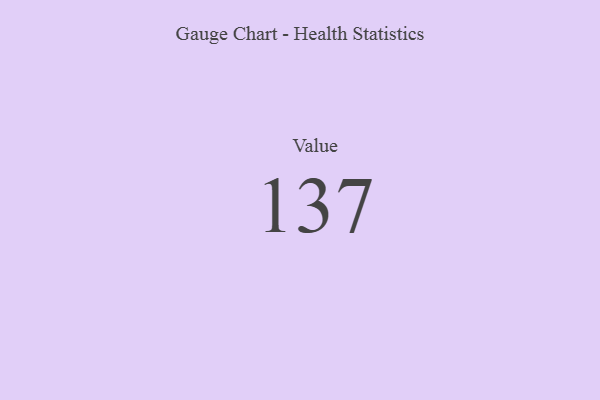
{"axis": {"x": "Metric", "y": "Value"}, "legend": [""], "data": [{"x": "Value", "y": 137, "type": ""}]}